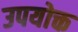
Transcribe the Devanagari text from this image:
उपयोक्त